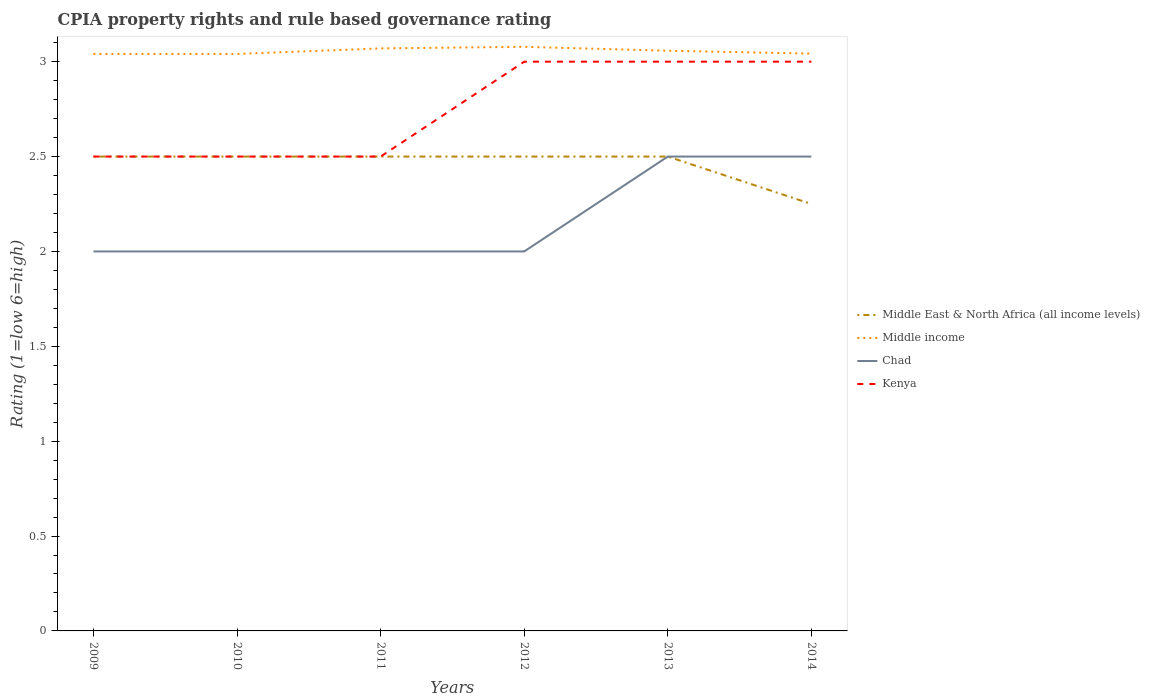
| Years | Middle East & North Africa (all income levels) | Middle income | Chad | Kenya |
 | --- | --- | --- | --- | --- |
 | 2009 | 2.5 | 3.04 | 2 | 2.5 |
 | 2010 | 2.5 | 3.04 | 2 | 2.5 |
 | 2011 | 2.5 | 3.07 | 2 | 2.5 |
 | 2012 | 2.5 | 3.08 | 2 | 3 |
 | 2013 | 2.5 | 3.06 | 2.5 | 3 |
 | 2014 | 2.25 | 3.04 | 2.5 | 3 |